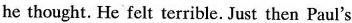
he thought. He felt terrible. Just then Paul's